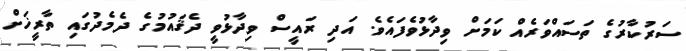
ސަރުކާރުގެ ތަސައްވަރެއް ކަމަށް ވިދާޅުވެފައެވެ. އަދި ރައީސް ވިދާޅުވީ ދެޤައުމުގެ ދެމެދުގައި ތާރީޚަށް